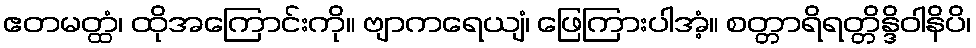
ဧတမတ္ထံ၊ ထိုအကြောင်းကို။ ဗျာကရေယျံ၊ ဖြေကြားပါအံ့။ စတ္တာရိရတ္တိန္ဒိဝါနိပိ၊